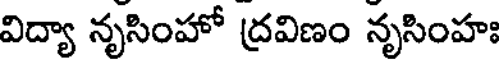
విద్యా నృసింహో ద్రవిణం నృసింహః